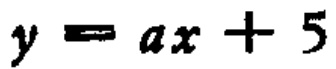
\(y = ax + 5\)